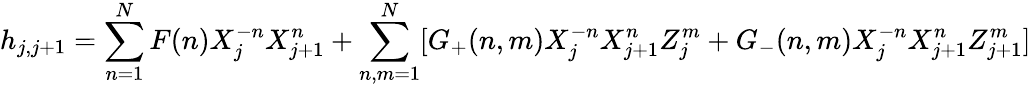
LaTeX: h_{j,j+1}=\sum_{n=1}^{N}F(n)X_{j}^{-n}X_{j+1}^{n}+\sum_{n,m=1}^{N}[G_{+}(n,m)X_{j}^{-n}X_{j+1}^{n}Z_{j}^{m}+G_{-}(n,m)X_{j}^{-n}X_{j+1}^{n}Z_{j+1}^{m}]